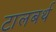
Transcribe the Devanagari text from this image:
टालबर्थ